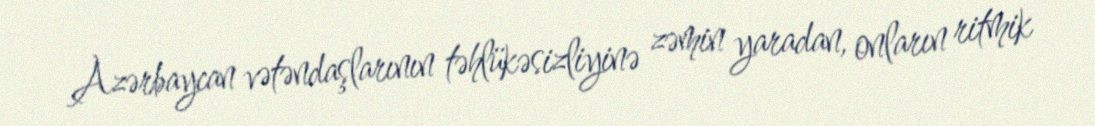
Azərbaycan vətəndaşlarının təhlükəsizliyinə zəmin yaradan, onların ritmik